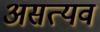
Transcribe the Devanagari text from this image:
असत्यव